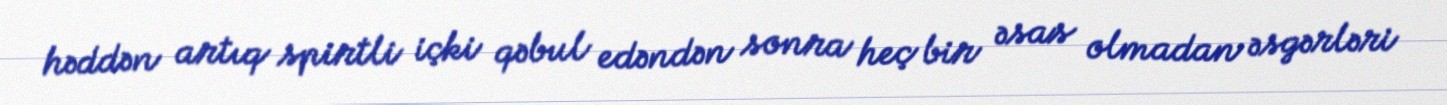
həddən artıq spirtli içki qəbul edəndən sonra heç bir əsas olmadan əsgərləri